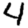
Digit: 4